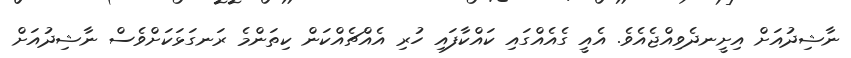
ނާޝިދުއަށް އިށީނދެވިއްޖެއެވެ. އެއީ ގެއެއްގައި ކައްކާފައި ހުރި އެއްޗެއްކަން ކިތަންމެ ރަނގަޅަކަށްވެސް ނާޝިދުއަށް